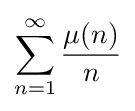
\sum _{n=1}^{\infty }{\frac {\mu (n)}{n}}